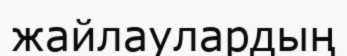
жайлаулардың